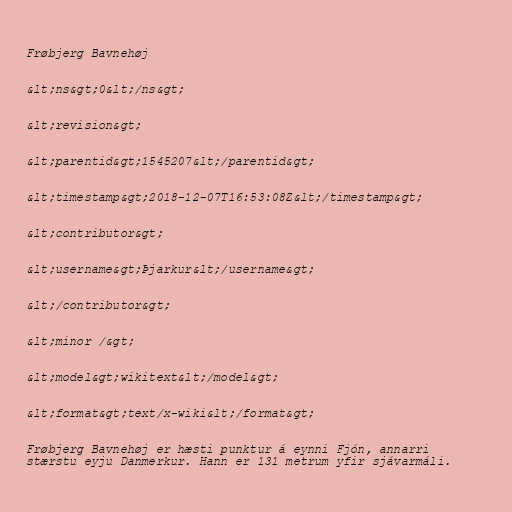
Frøbjerg Bavnehøj

&lt;ns&gt;0&lt;/ns&gt;

&lt;revision&gt;

&lt;parentid&gt;1545207&lt;/parentid&gt;

&lt;timestamp&gt;2018-12-07T16:53:08Z&lt;/timestamp&gt;

&lt;contributor&gt;

&lt;username&gt;Þjarkur&lt;/username&gt;

&lt;/contributor&gt;

&lt;minor /&gt;

&lt;model&gt;wikitext&lt;/model&gt;

&lt;format&gt;text/x-wiki&lt;/format&gt;

Frøbjerg Bavnehøj er hæsti punktur á eynni Fjón, annarri
stærstu eyju Danmerkur. Hann er 131 metrum yfir sjávarmáli.